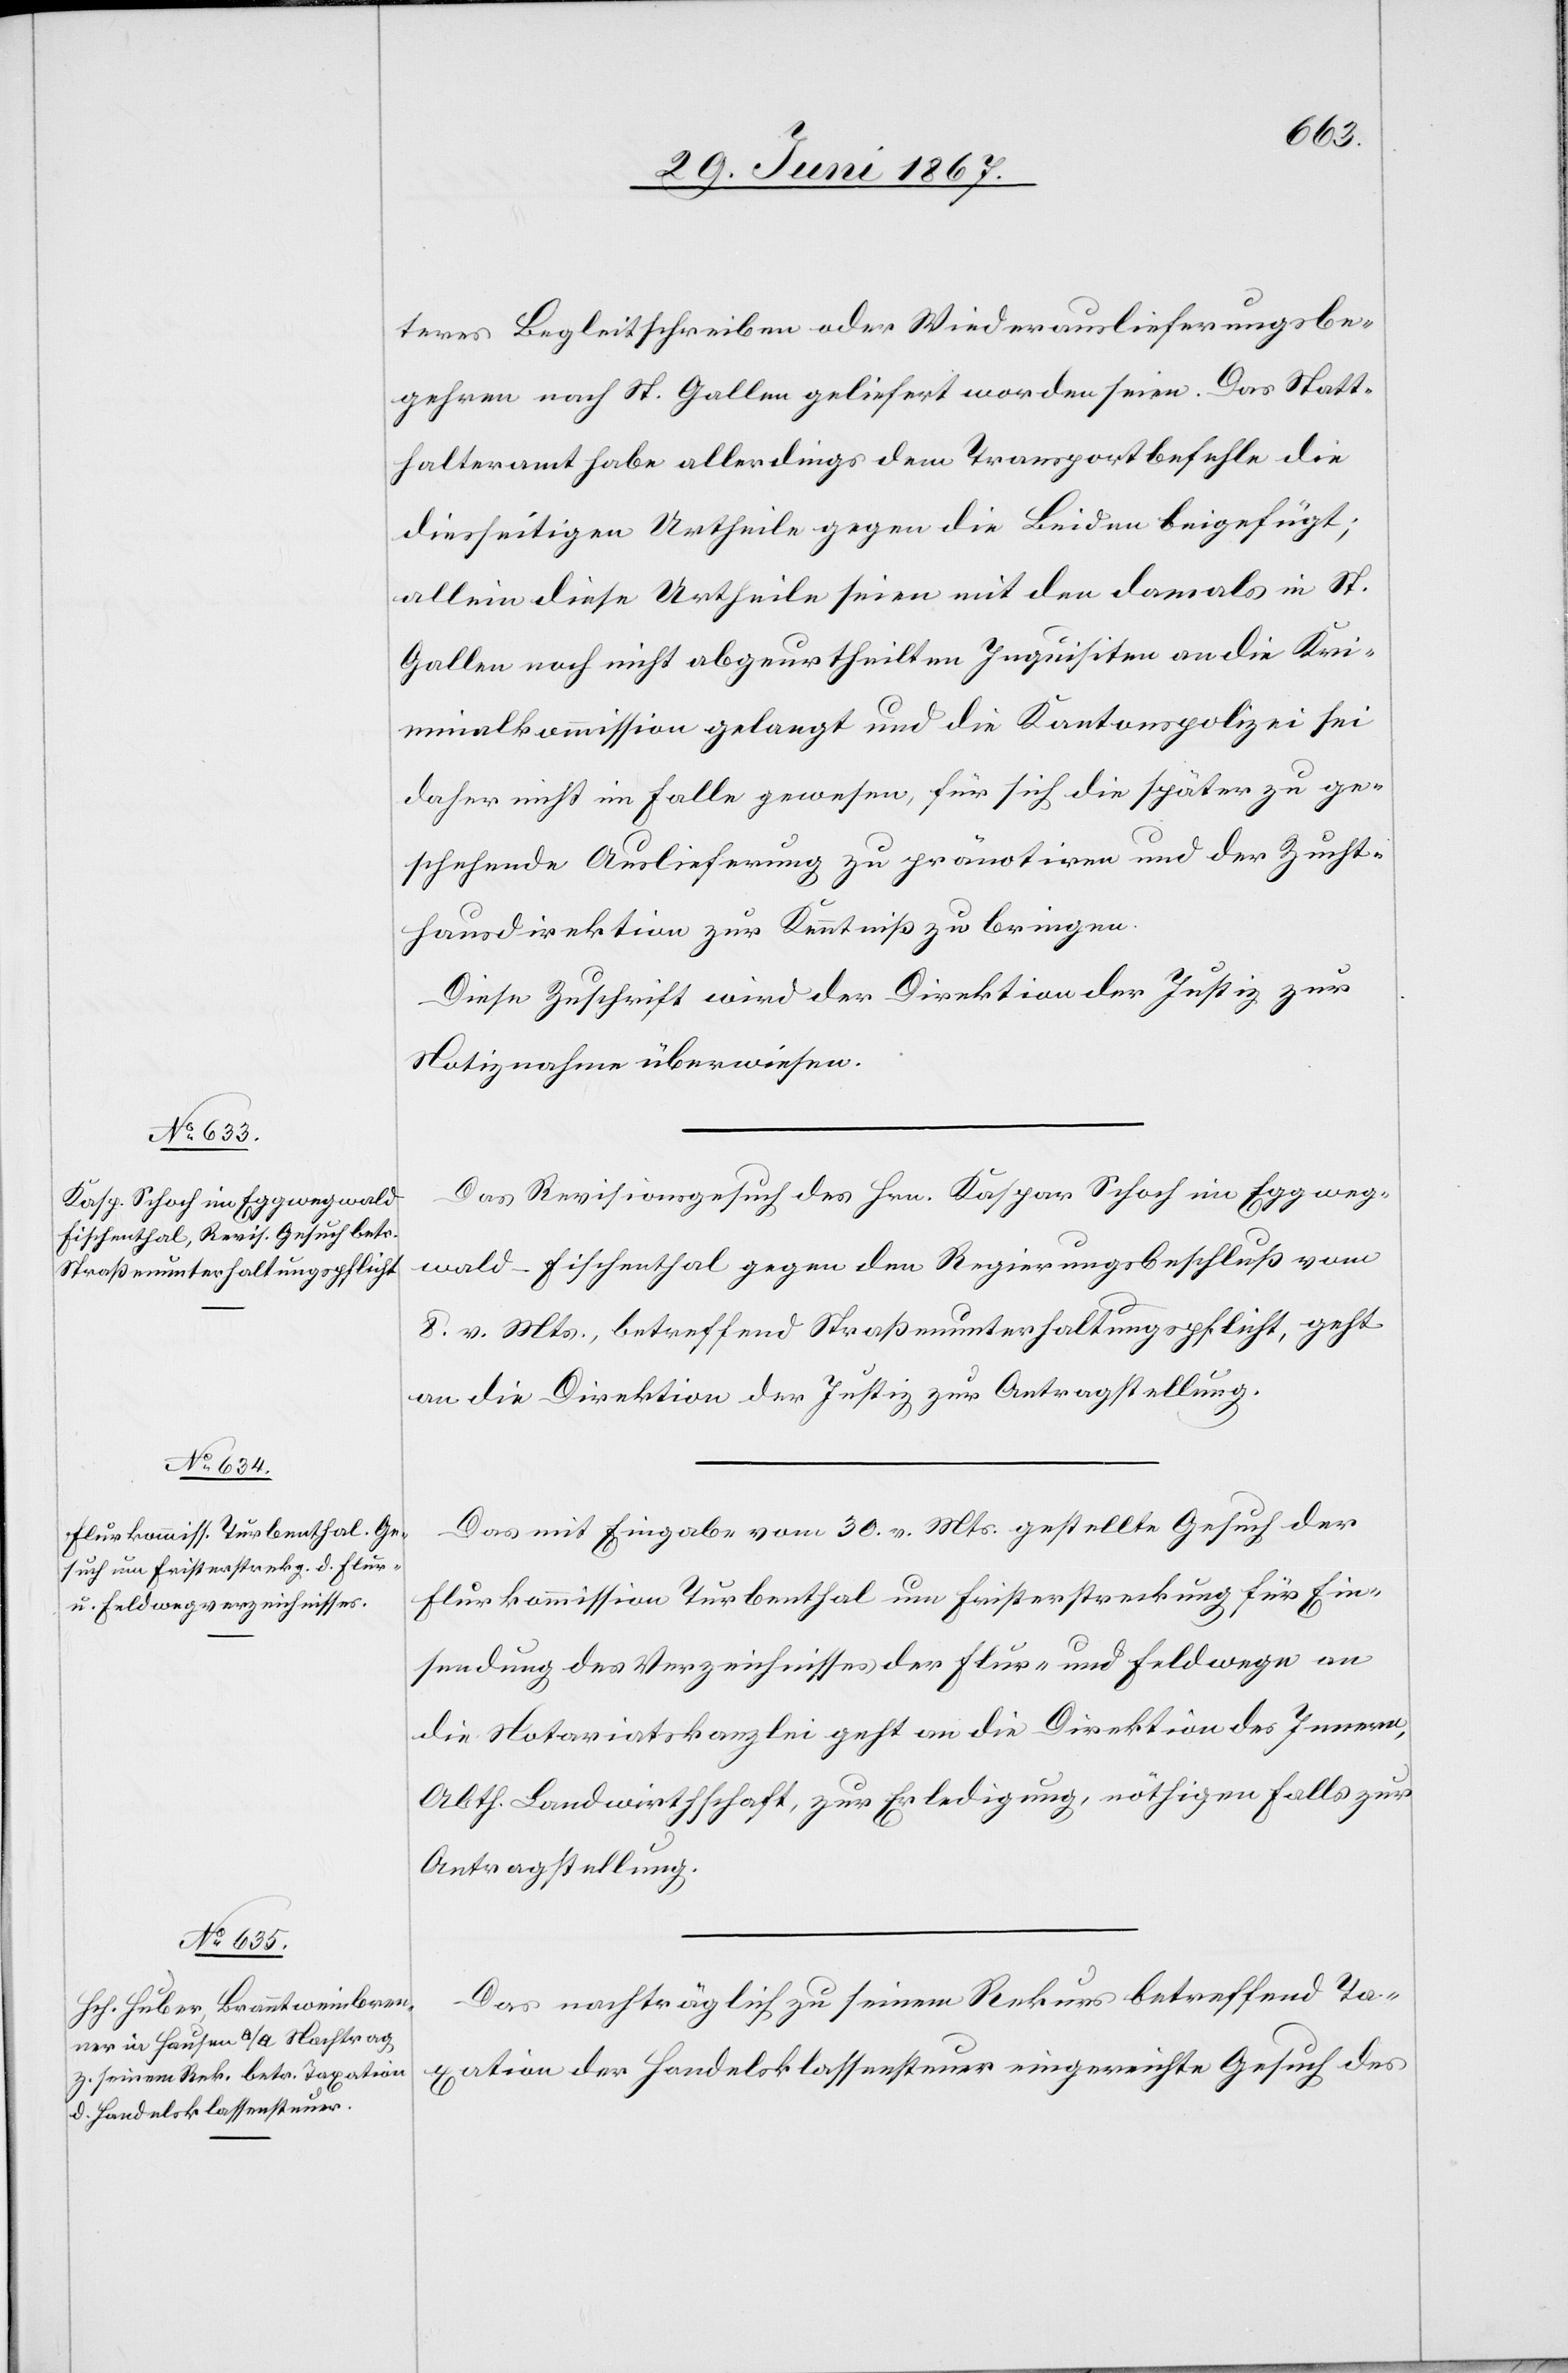
teres Begleitschreiben oder Wiederauslieferungsbe¬
gehren nach St. Gallen geliefert worden seien. Das Statt¬
halteramt habe allerdings dem Transportbefehl die
diesseitigen Urtheile gegen die Beiden beigefügt;
allein diese Urtheile seien mit den damals in St.
Gallen noch nicht abgeurtheilten Inquisiten an die Kri¬
minalkommission gelangt und die Kantonspolizei sei
daher nicht im Falle gewesen, für sich die später zu ge¬
schehende Auslieferung zu pränotiren und der Zucht¬
hausdirektion zur Kenntniß zu bringen.
Diese Zuschrift wird der Direktion der Justiz zur
1.
Notiznahme überwiesen.
Das Revisionsgesuch des Hrn. Kaspar Schoch im Eggweg¬
wald-Fischenthal gegen den Regierungsbeschluß vom
8. v. Mts., betreffend Straßenunterhaltungspflicht, geht
an die Direktion der Justiz zur Antragstellung.
Das mit Eingabe vom 30. v. Mts. gestellte Gesuch der
Flurkommission Turbenthal um Fristerstreckung für Ein¬
sendung des Verzeichnisses der Flur- und Feldwege an
die Notariatskanzlei geht an die Direktion des Innern,
Abth. Landwirthschaft, zur Erledigung, nöthigen Falls zur
Antragstellung.
Das nachträglich zu seinem Rekurs betreffend Ta¬
xation der Handelsklassensteuer eingereichte Gesuch des